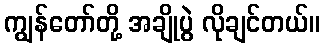
ကျွန်တော်တို့ အချိုပွဲ လိုချင်တယ်။